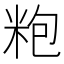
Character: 𱸹